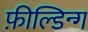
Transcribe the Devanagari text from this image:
फ़ील्डिन्ग